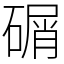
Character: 碿